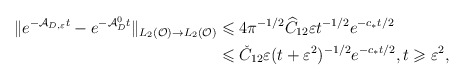
\begin{align*}\Vert e^{-\mathcal{A}_{D,\varepsilon}t}-e^{-\mathcal{A}_D^0t}\Vert _{L_2(\mathcal{O})\rightarrow L_2(\mathcal{O})}&\leqslant4\pi ^{-1/2}\widehat{C}_{12}\varepsilon t^{-1/2}e^{-c_*t/2}\\&\leqslant \check{C}_{12}\varepsilon (t+\varepsilon^2)^{-1/2} e^{-c_*t/2},t\geqslant \varepsilon ^2,\end{align*}